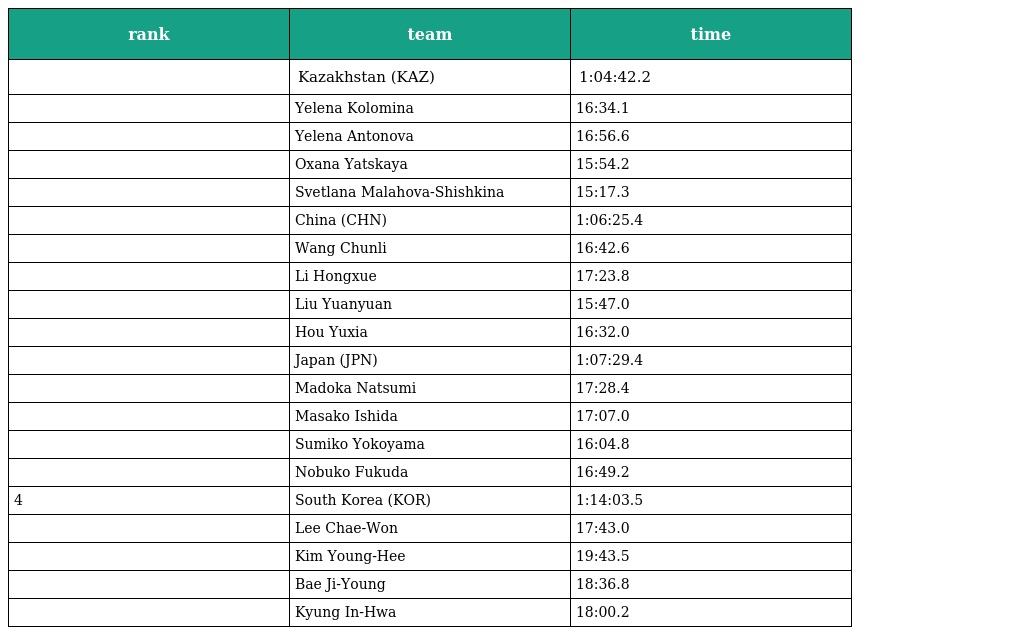
| rank | team | time |
 | --- | --- | --- |
 |  | Kazakhstan (KAZ) | 1:04:42.2 |
 |  | Yelena Kolomina | 16:34.1 |
 |  | Yelena Antonova | 16:56.6 |
 |  | Oxana Yatskaya | 15:54.2 |
 |  | Svetlana Malahova-Shishkina | 15:17.3 |
 |  | China (CHN) | 1:06:25.4 |
 |  | Wang Chunli | 16:42.6 |
 |  | Li Hongxue | 17:23.8 |
 |  | Liu Yuanyuan | 15:47.0 |
 |  | Hou Yuxia | 16:32.0 |
 |  | Japan (JPN) | 1:07:29.4 |
 |  | Madoka Natsumi | 17:28.4 |
 |  | Masako Ishida | 17:07.0 |
 |  | Sumiko Yokoyama | 16:04.8 |
 |  | Nobuko Fukuda | 16:49.2 |
 | 4 | South Korea (KOR) | 1:14:03.5 |
 |  | Lee Chae-Won | 17:43.0 |
 |  | Kim Young-Hee | 19:43.5 |
 |  | Bae Ji-Young | 18:36.8 |
 |  | Kyung In-Hwa | 18:00.2 |